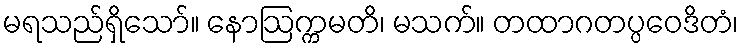
မရသည်ရှိသော်။ နောဩက္ကမတိ၊ မသက်။ တထာဂတပ္ပဝေဒိတံ၊